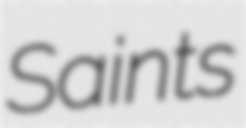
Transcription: Saints